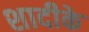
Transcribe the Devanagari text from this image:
शादीके